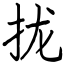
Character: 拢